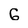
Character: G